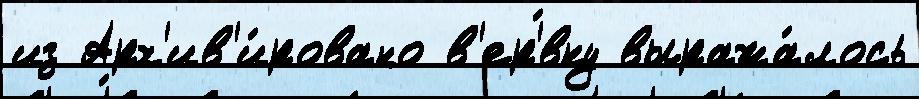
из Арх'ив'и́ровано в'ер'́вку выража́лось